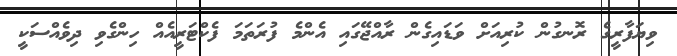
ވިޔަފާރީގެ ރޮނގުން ކުރިއަށް ވަޑައިގެން ރާއްޖޭގައި އެންމެ ފުރަތަމަ ފެކްޓަރީއެއް ހިންގެވި ދިވެއްސަކީ